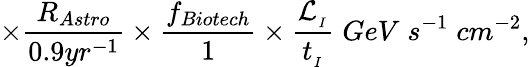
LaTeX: \times\frac{R_{Astro}}{0.9yr^{-1}}\times\frac{f_{Biotech}}{1}\times\frac{\mathcal{L}_{_{I}}}{t_{_{I}}}\; GeV\; s^{-1}\; cm^{-2},